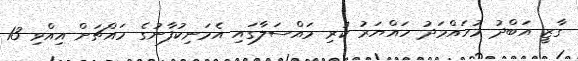
ގާޒީ އަބްދު މުހައްމަދު ހައްޔަރު ކުރި މައްސަލާގައި އެމަނިކުފާނުގެ މައްޗަށް އިއްވި 13